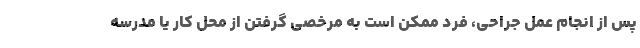
پس از انجام عمل جراحی، فرد ممکن است به مرخصی گرفتن از محل کار یا مدرسه